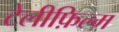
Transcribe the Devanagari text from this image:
टेलीफ़िल्म